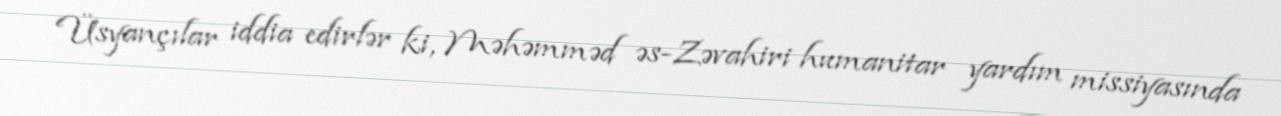
Üsyançılar iddia edirlər ki, Məhəmməd əs-Zəvahiri humanitar yardım missiyasında